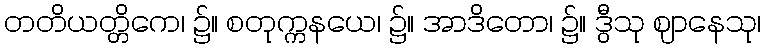
တတိယတ္တိကေ၊ ၌။ စတုက္ကနယေ၊ ၌။ အာဒိတော၊ ၌။ ဒွီသု ဈာနေသု၊